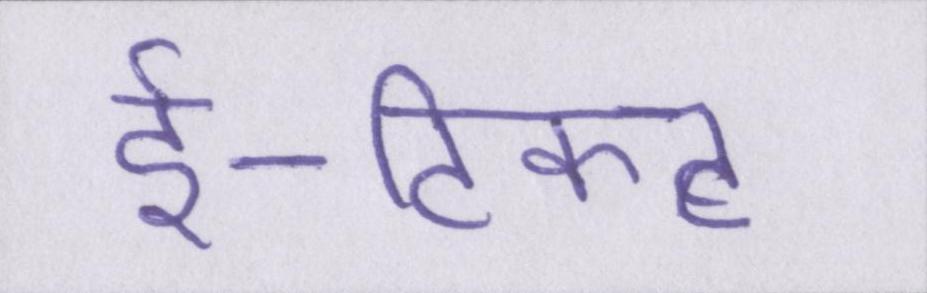
ई-टिकट